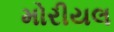
મોરીયલ